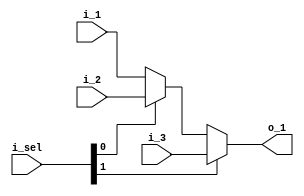
module mux3 #(
  parameter WIDTH = 32
)(
  input [WIDTH-1:0] i_1, i_2, i_3,
  input [1:0] i_sel,
  output [WIDTH-1:0] o_1
);

  assign o_1 = i_sel[1] ? i_3
                        : (i_sel[0] ? i_2
                                    : i_1);

endmodule